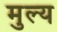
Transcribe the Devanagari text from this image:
मुल्‍य